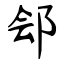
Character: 郐